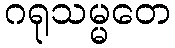
ဂရုသမ္မတေ